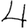
Digit: 4